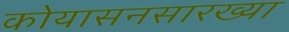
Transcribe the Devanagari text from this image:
कोयासनसारख्या